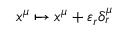
x ^ { \mu } \mapsto x ^ { \mu } + \varepsilon _ { r } \delta _ { r } ^ { \mu }